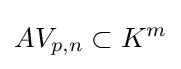
AV_{p,n}\subset K^{m}